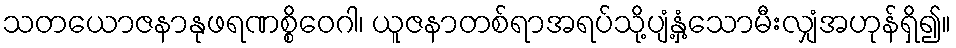
သတယောဇနာနုဖရဏစ္စိဝေဂါ၊ ယူဇနာတစ်ရာအရပ်သို့ပျံ့နှံ့သောမီးလျှံအဟုန်ရှိ၍။